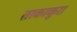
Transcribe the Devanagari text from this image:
ताकाकुरा